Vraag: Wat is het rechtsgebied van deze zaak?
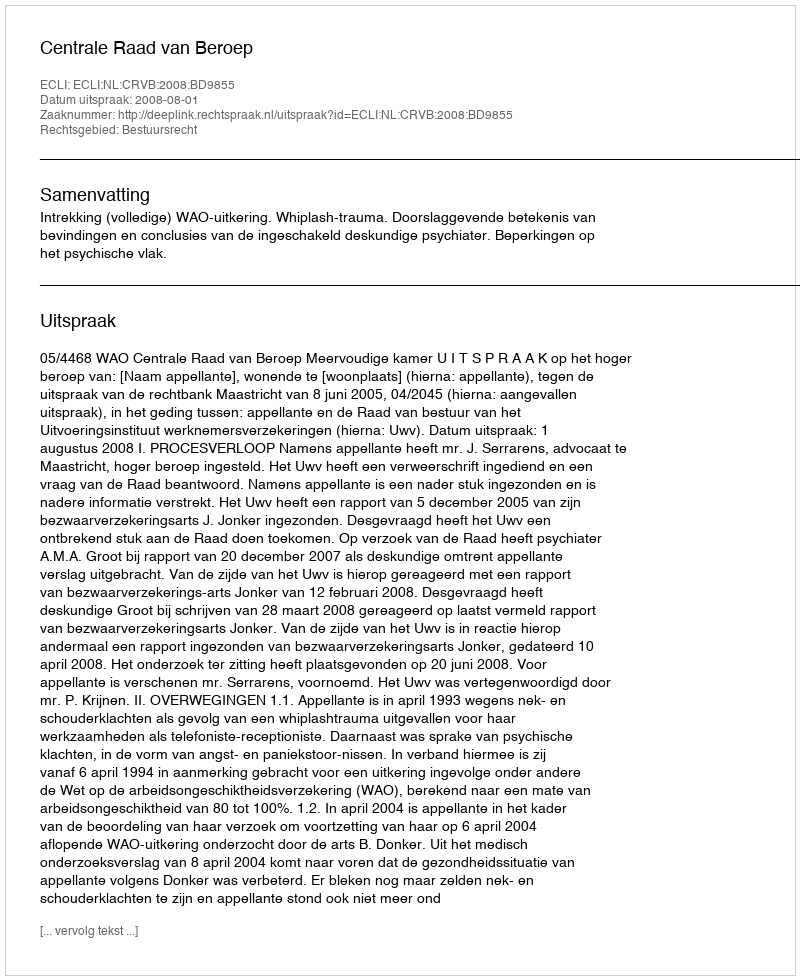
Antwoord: Bestuursrecht